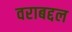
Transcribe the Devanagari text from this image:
वराबद्दल